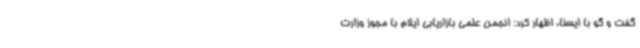
گفت و گو با ایسنا، اظهار کرد: انجمن علمی بازاریابی ایلام با مجوز وزارت